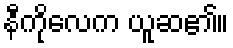
နီကိုလေက ယူဆ၏။